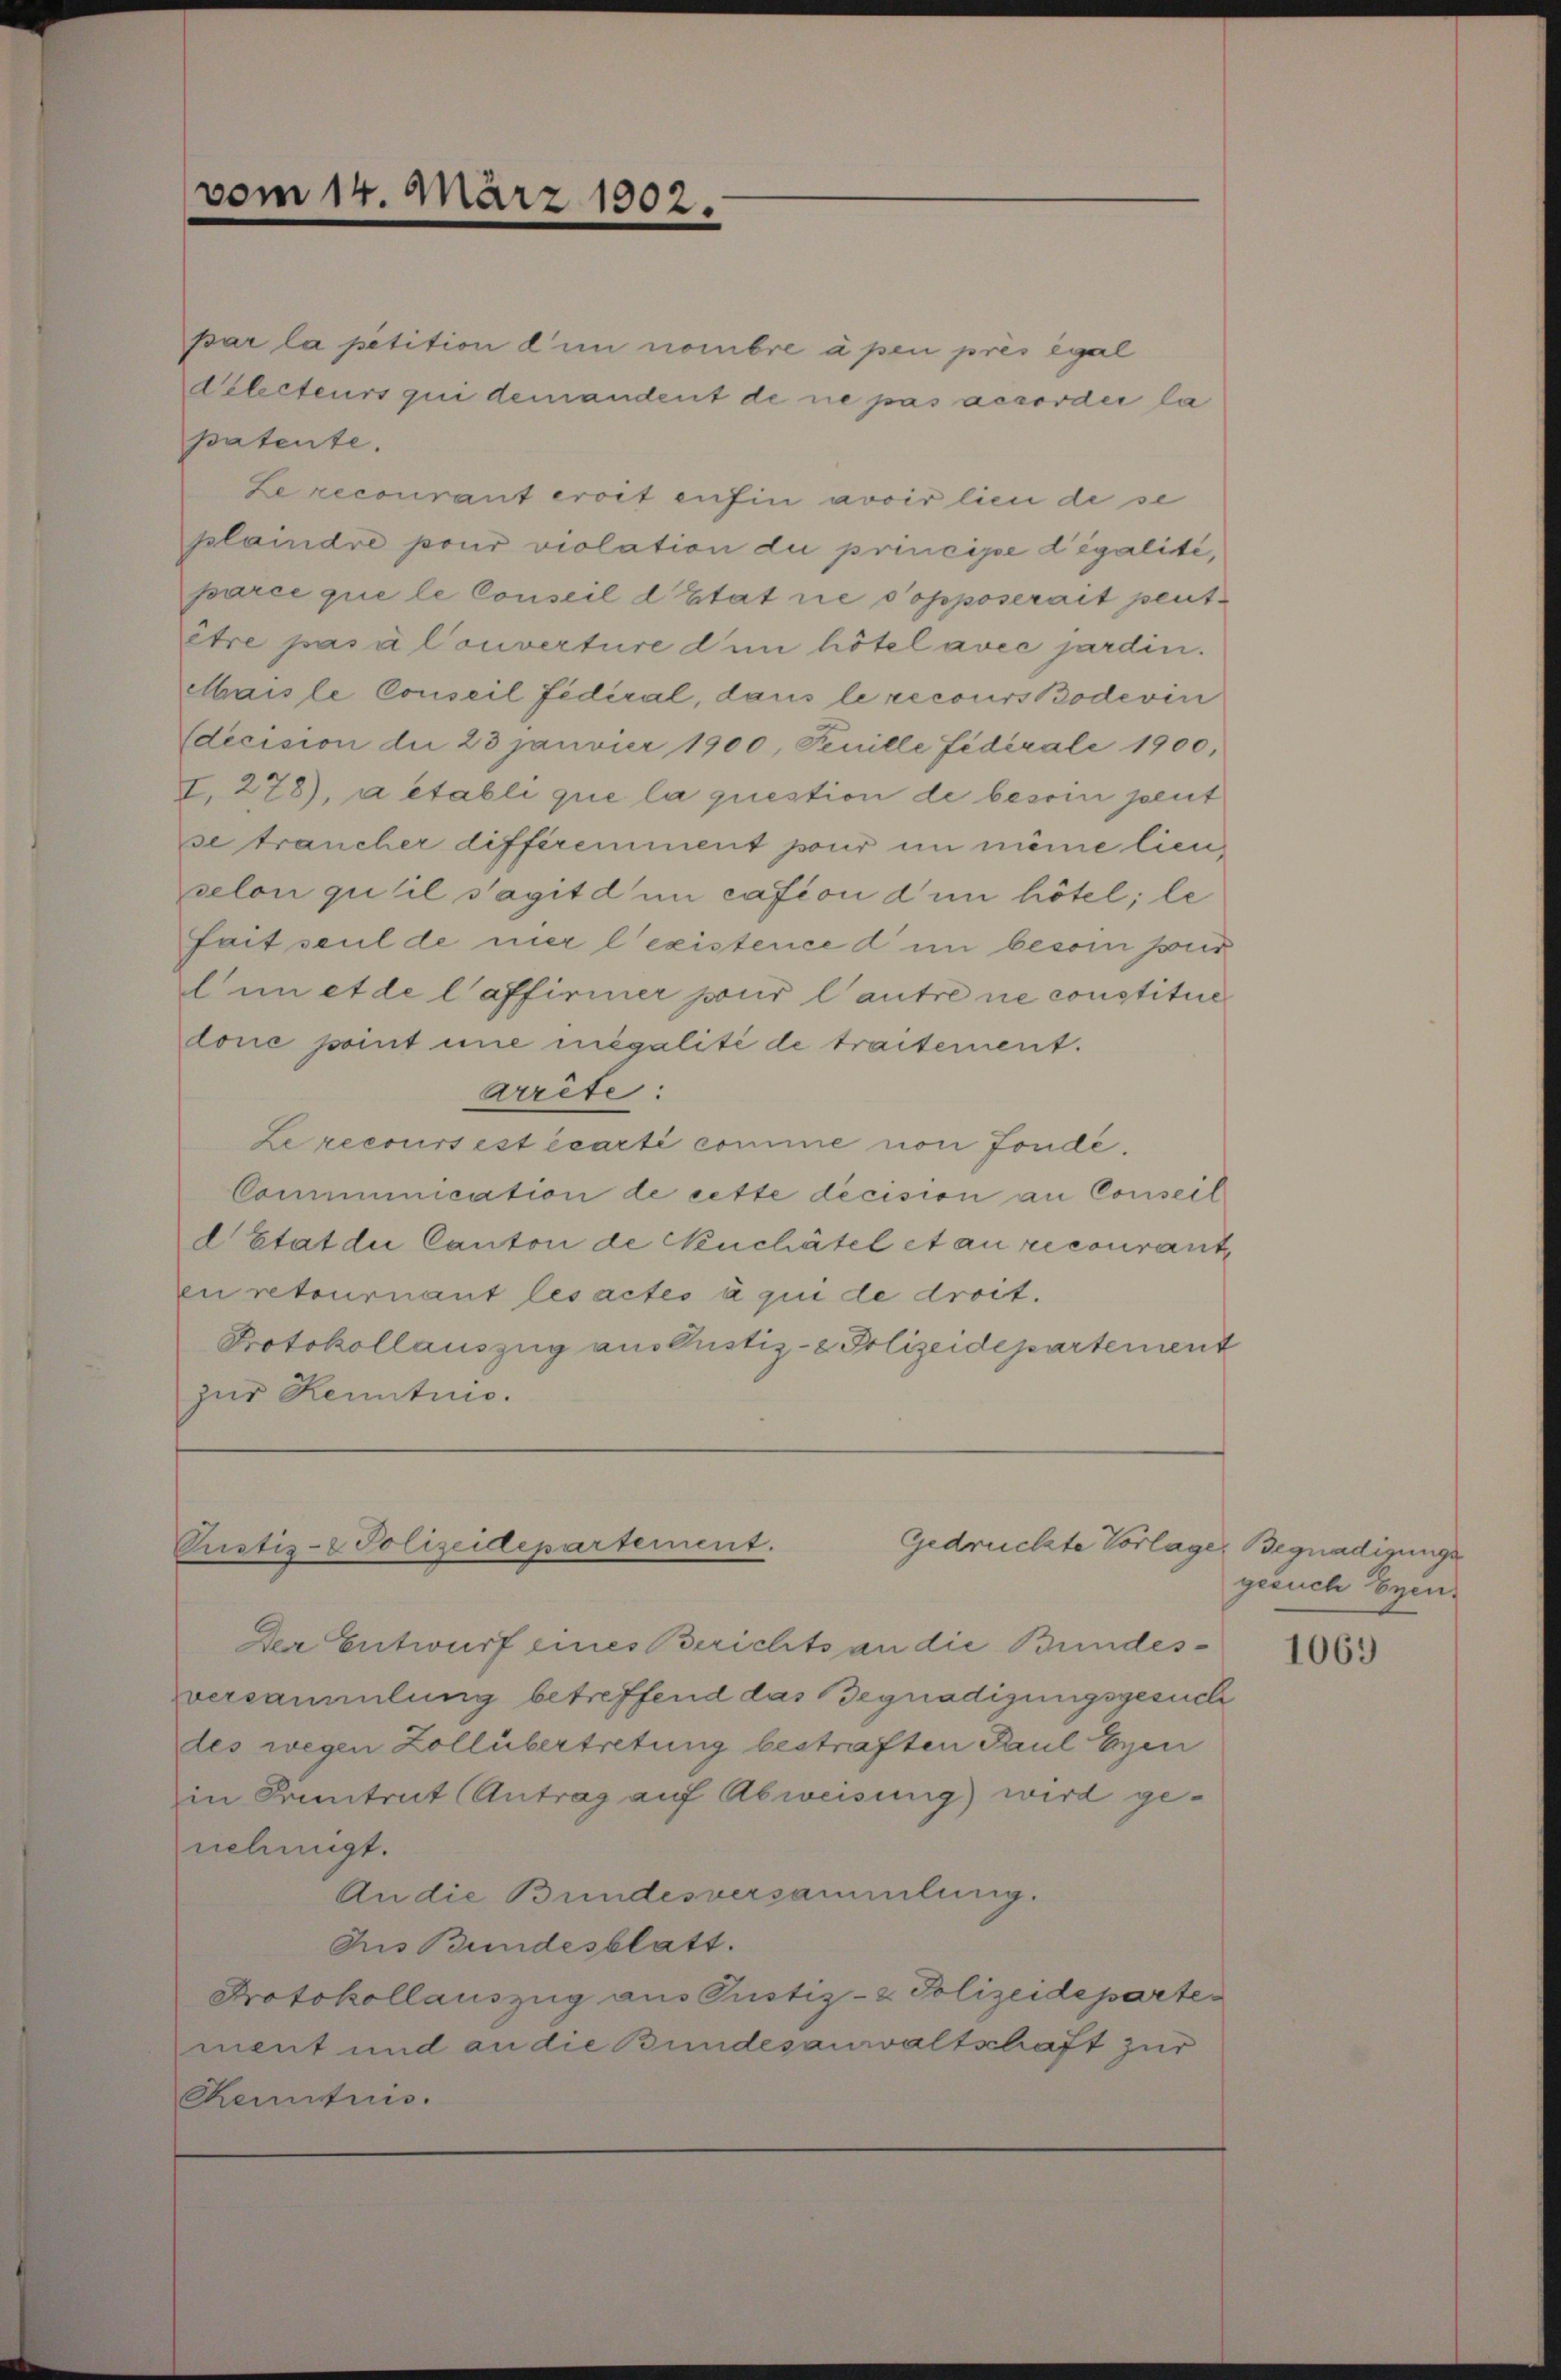
vom 14. März 1902.

par la petition d’un nombre apen prés egal
Kelecteurs qui demandent de ne pas accorder la
patente.
Le recourant eroit anfin avoir lieu de se
plaindre pour violation du principe dégalité,
parce que le Conseil d’Etat die sopposerait peutêtre pas à Converture dum hötel avec jardin.
Maisle Conseil fédéral, dans le recours Bodevin
Edecision die 23 Janvier 1900. Feuille fidérali 1900,
I. 278), a établi que la question de besoin peut
se trancher différemment pour in meine lieuselon qu’il s’agit d in casion dem hötel; le
fait seul de mir l’existence d in beson pur
lun et de l’affirmer pour l’autre ne constitue
lone point une mègalité de traitement.
Arrête:
Le recoursest écarti comme von Fondé.
Communication de cette decision an Conseil
d Etat die Canton de Neuchâtel et au recourant
en retournant les actes à qui de droit.
Protokollauszug auslustiz- & Polizeidepartement
zur Kenntnis.

Pustiz- & Polizeidepartement.
Gedrückte Vorlage. Begnadigunge

Der Entwurf eines Berichts an die Bundesversammlung betreffend das Begnadigungsgesuch
des wegen Zollübertretung bestraften Paul Eyen
in Frantrat Antrag auf Abweisung) wird genehmigt.
An die Bundesversammlung.
Ius Bundesblatt.
Protokollauszug aus Justiz- & Polizeidepartement und an die Bundesanwaltschaft zur
Chenntnis.

gesuch Eyen.

1063